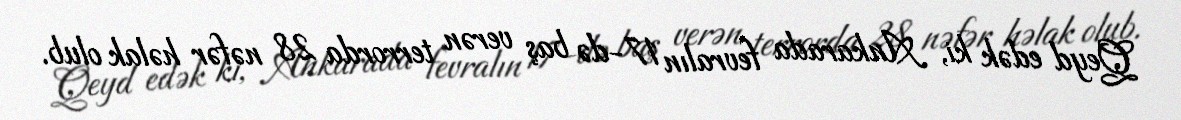
Qeyd edək ki, Ankarada fevralın 17-də baş verən terrorda 28 nəfər həlak olub.